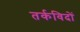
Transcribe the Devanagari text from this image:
तर्कविदों